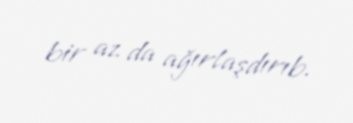
bir az da ağırlaşdırıb.